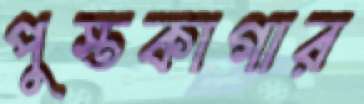
পুস্তকাগার